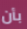
بأن